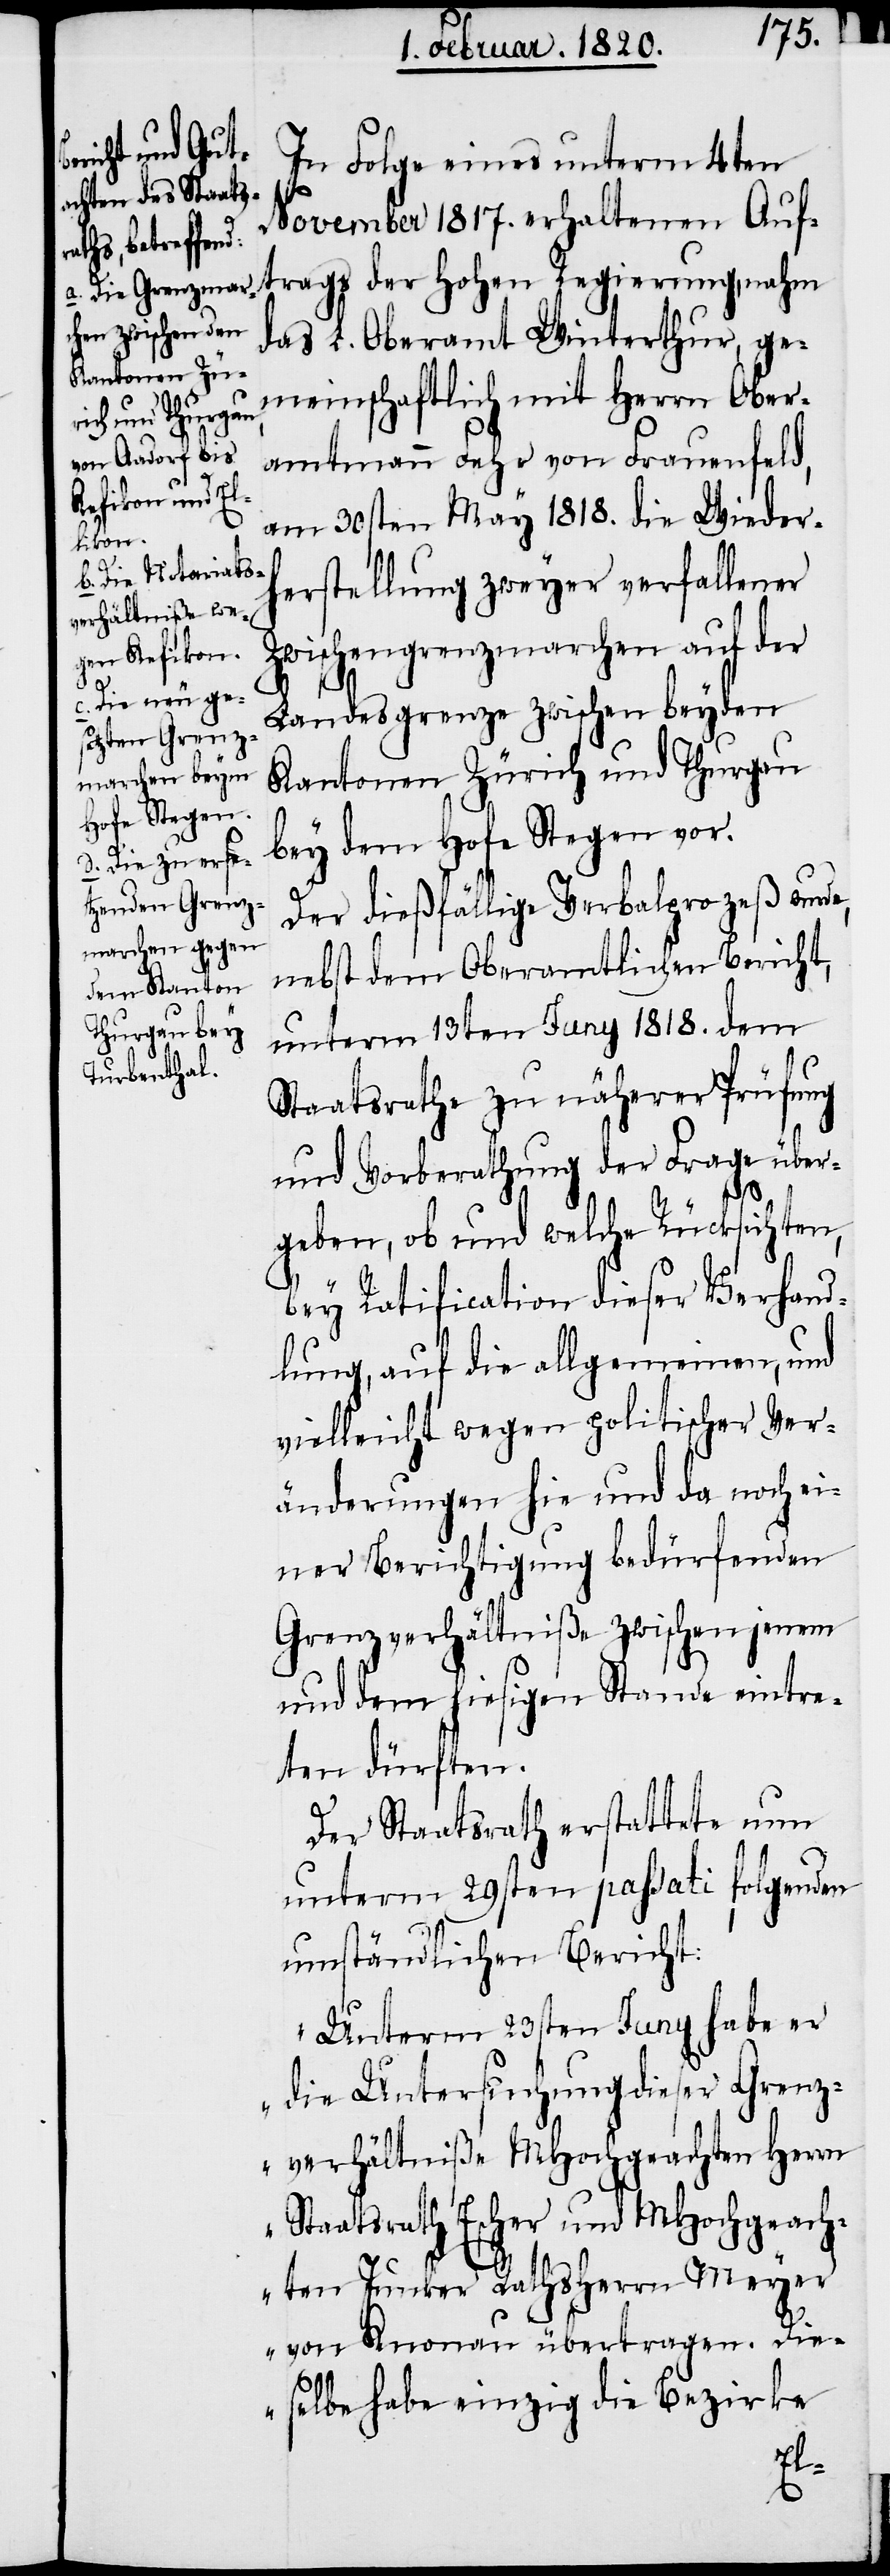
In Folge eines unterm 4ten
November 1817. erhaltenen Auf¬
trags der Hohen Regierung, nahm
das L. Oberamt Winterthur, ge¬
meinschaftlich mit Herrn Ober¬
amtmann Fehr von Frauenfeld,
am 30sten May 1818. die Wiederh¬
erstellung zweyer verfallener
Zwischengrenzmarchen auf der
Landesgrenze zwischen beyden
Kantonen Zürich und Thurgau
bey dem Hofe Stegen vor.
Der dießfällige Verbalprozeß wurde,
nebst dem Oberamtlichen Bericht,
unterm 13ten Juny 1818. dem
Staatsrathe zu näherer Prüfung
und Vorberathung der Frage über¬
geben, ob und welche Rücksichten,
bey Ratification dieser Verhand¬
lung, auf die allgemeinen, und
vielleicht wegen politischer Ver¬
änderungen hie und da noch ei¬
ner Berichtigung bedürfenden
Grenzverhältniße zwischen jenem
und dem hiesigen Stande eintre¬
ten dürften.
Der Staatsrath erstattete nun
unterm 29sten passati folgenden
umständlichen Bericht:
„Unterm 23sten Juny habe er
die Untersuchung dieser Grenz¬
verhältniße MHochgeachten Herrn
Staatsrath Escher und MHochgeach¬
ten Junker Rathsherrn Meyer
von Knonau übertragen. Die¬
selbe habe einzig die Bezirke